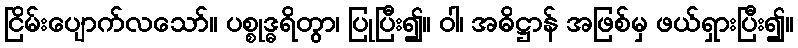
ငြိမ်းပျောက်လသော်။ ပစ္စုဒ္ဓရိတွာ၊ ပြုပြီး၍။ ဝါ၊ အဓိဋ္ဌာန် အဖြစ်မှ ဖယ်ရှားပြီး၍။